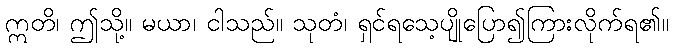
ဣတိ၊ ဤသို့။ မယာ၊ ငါသည်။ သုတံ၊ ရှင်ရသေ့ပျိုပြော၍ကြားလိုက်ရ၏။